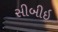
સીબીઇ